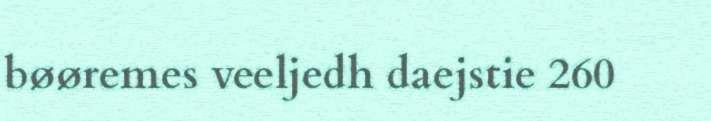
bøøremes veeljedh daejstie 260